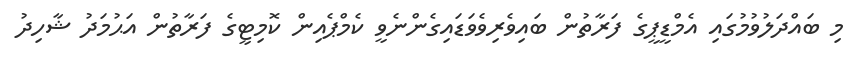
މި ބައްދަލުވުމުގައި އެމްޑީޕީގެ ފަރާތުން ބައިވެރިވެވަޑައިގެންނެވީ ކެމްޕެއިން ކޮމިޓީގެ ފަރާތުން އަޙުމަދު ޝާހިދު